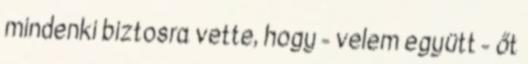
mindenki biz­tos­ra vette, hogy - velem együtt - őt